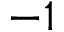
- 1